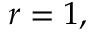
r = 1 ,